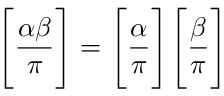
{ \Bigg [ } { \frac { \alpha \beta } { \pi } } { \Bigg ] } = { \Bigg [ } { \frac { \alpha } { \pi } } { \Bigg ] } { \Bigg [ } { \frac { \beta } { \pi } } { \Bigg ] }